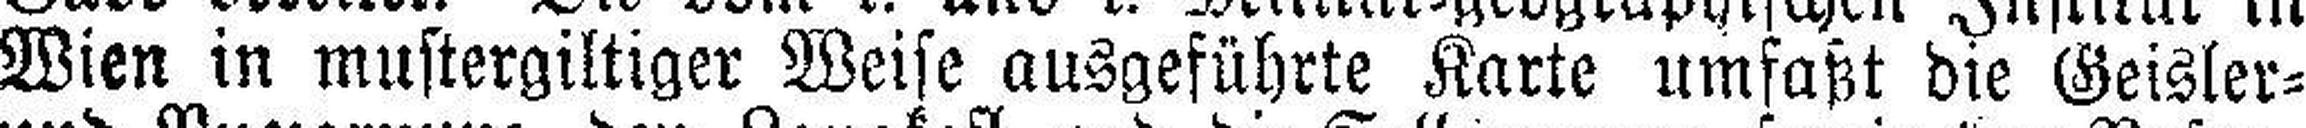
Wien in mustergiltiger Weise ausgeführte Karte umfaßt die Geisler=